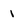
Character: i